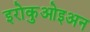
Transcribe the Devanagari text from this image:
इरोकुओइअन